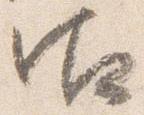
御